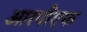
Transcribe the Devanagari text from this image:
आरपीएफ